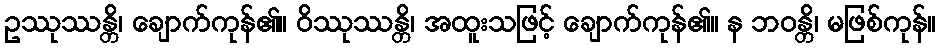
ဥဿုဿန္တိ၊ ချောက်ကုန်၏။ ဝိဿုဿန္တိ၊ အထူးသဖြင့် ချောက်ကုန်၏။ န ဘဝန္တိ၊ မဖြစ်ကုန်။